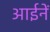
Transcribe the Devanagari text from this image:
आईनें